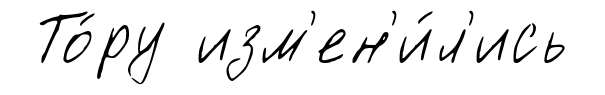
То́ру изм'ен'и́л'ись